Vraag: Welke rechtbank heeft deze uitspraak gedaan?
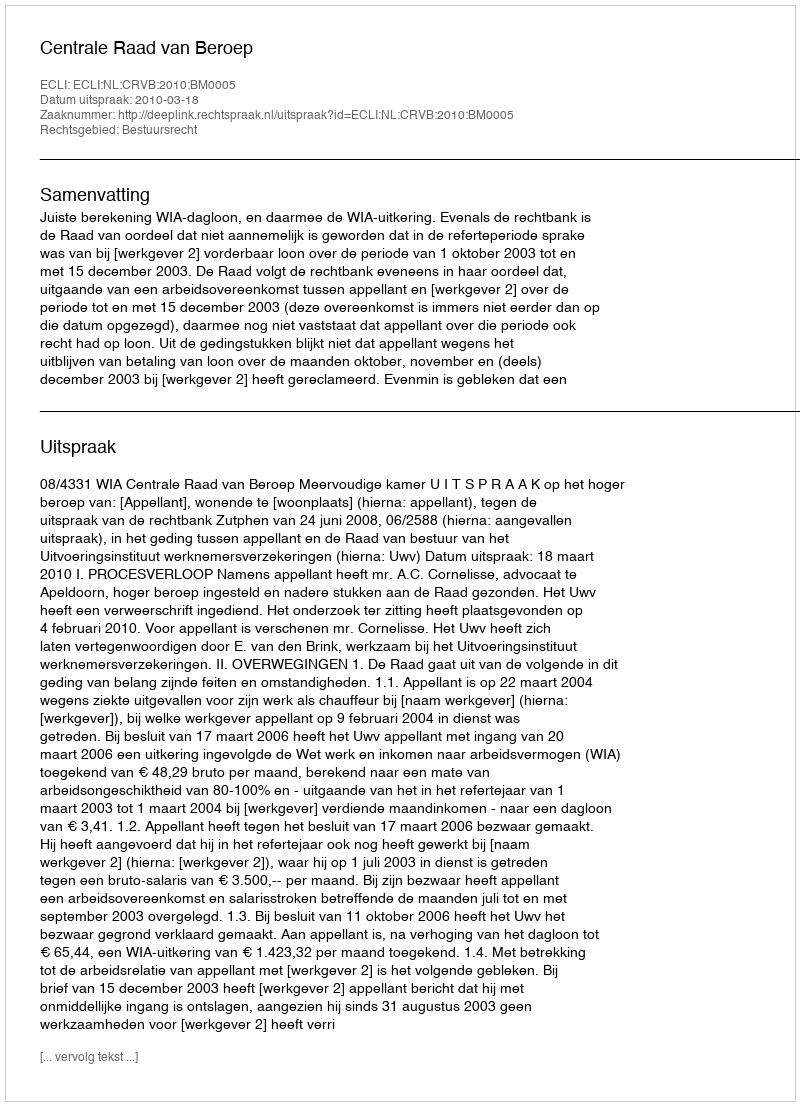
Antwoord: Centrale Raad van Beroep